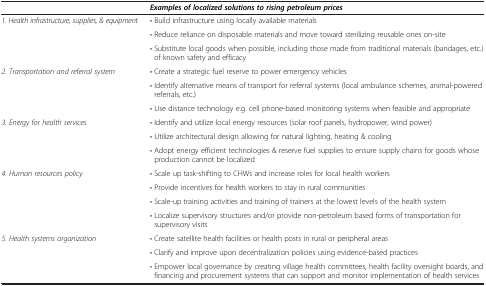
<table><thead><tr><td><b> </b></td><td><b><i>Examples of localized solutions to rising petroleum prices</i></b></td></tr></thead><tbody><tr><td rowspan="3"><i>1. Health infrastructure, supplies, &amp; equipment</i></td><td>• Build infrastructure using locally available materials</td></tr><tr><td>• Reduce reliance on disposable materials and move toward sterilizing reusable ones on-site</td></tr><tr><td>• Substitute local goods when possible, including those made from traditional materials (bandages, etc.) of known safety and efficacy</td></tr><tr><td rowspan="3"><i>2. Transportation and referral system</i></td><td>• Create a strategic fuel reserve to power emergency vehicles</td></tr><tr><td>• Identify alternative means of transport for referral systems (local ambulance schemes, animal-powered referrals, etc.)</td></tr><tr><td>• Use distance technology e.g. cell phone-based monitoring systems when feasible and appropriate</td></tr><tr><td rowspan="3"><i>3. Energy for health services</i></td><td>• Identify and utilize local energy resources (solar roof panels, hydropower, wind power)</td></tr><tr><td>• Utilize architectural design allowing for natural lighting, heating &amp; cooling</td></tr><tr><td>• Adopt energy efficient technologies &amp; reserve fuel supplies to ensure supply chains for goods whose production cannot be localized</td></tr><tr><td rowspan="4"><i>4. Human resources policy</i></td><td>• Scale up task-shifting to CHWs and increase roles for local health workers</td></tr><tr><td>• Provide incentives for health workers to stay in rural communities</td></tr><tr><td>• Scale-up training activities and training of trainers at the lowest levels of the health system</td></tr><tr><td>• Localize supervisory structures and/or provide non-petroleum based forms of transportation for supervisory visits</td></tr><tr><td rowspan="2"><i>5. Health systems organization</i></td><td>• Create satellite health facilities or health posts in rural or peripheral areas</td></tr><tr><td>• Clarify and improve upon decentralization policies using evidence-based practices</td></tr><tr><td> </td><td>• Empower local governance by creating village health committees, health facility oversight boards, and financing and procurement systems that can support and monitor implementation of health services</td></tr></tbody></table>